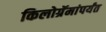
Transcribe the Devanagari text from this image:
किलोग्रॅमांपर्यंत